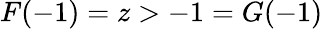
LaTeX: F(-1)=z>-1=G(-1)